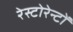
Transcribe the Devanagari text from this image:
रेस्टोरेन्टों